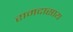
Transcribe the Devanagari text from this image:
रामदासाय